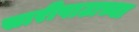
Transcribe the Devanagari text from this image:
सारीपाटाच्या